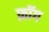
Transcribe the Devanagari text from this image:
फ़ॉग